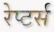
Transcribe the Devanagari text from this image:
रेप्‍टर्स